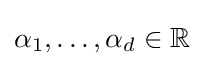
\alpha _{1},\ldots ,\alpha _{d}\in \mathbb {R}